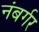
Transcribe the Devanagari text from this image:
नंबर्गर